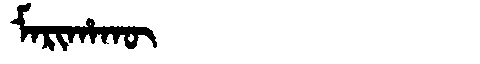
Manchu: ᠮᠠᡵᡳᡥᠠᡴᡡ
Romanization: MARIHAKŪ